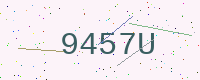
Text: 9457U